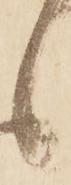
候